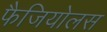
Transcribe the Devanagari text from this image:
फैजियोलस